Annual administration report of the Civil Veterinary Department of India - 1900-1901
Year: 1900
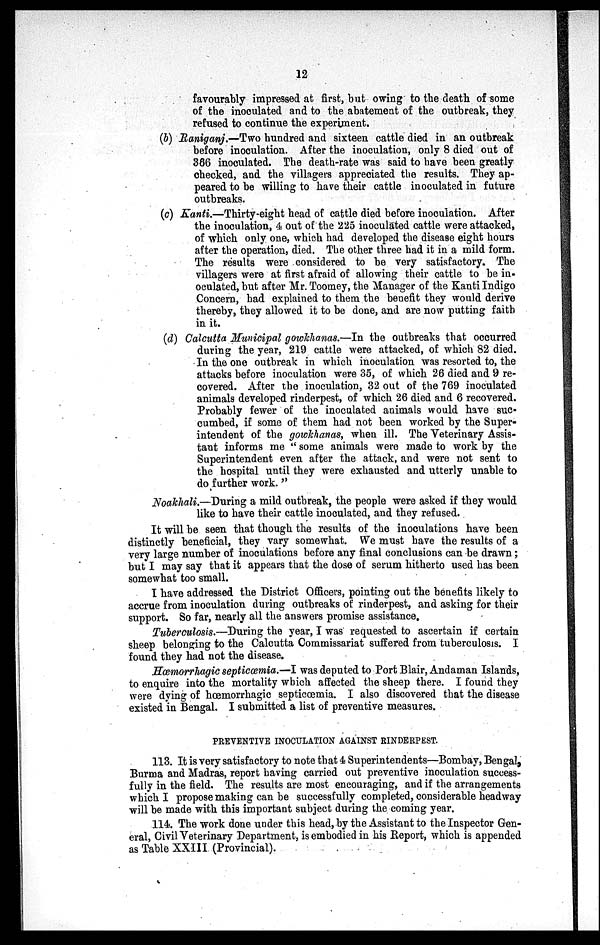
12
favourably impressed at first, but owing to the death of some
of the inoculated and to the abatement of the outbreak, they
refused to continue the experiment.
(b) Raniganj.—Two hundred and sixteen cattle died in an outbreak
before inoculation. After the inoculation, only 8 died out of
366 inoculated. The death-rate was said to have been greatly
checked, and the villagers appreciated the results. They ap-
peared to be willing to have their cattle inoculated in future
outbreaks.
(c) Kanti.—Thirty-eight head of cattle died before inoculation. After
the inoculation, 4 out of the 225 inoculated cattle were attacked,
of which only one, which had developed the disease eight hours
after the operation, died. The other three had it in a mild form.
The results were considered to be very satisfactory. The
villagers were at first afraid of allowing their cattle to be in-
oculated, but after Mr. Toomey, the Manager of the Kanti Indigo
Concern, had explained to them the benefit they would derive
thereby, they allowed it to be done, and are now putting faith
in it.
(d) Calcutta Municipal gowlchanas.—In the outbreaks that occurred
during the year, 219 cattle were attacked, of which 82 died.
In the one outbreak in which inoculation was resorted to, the
attacks before inoculation were 35, of which 26 died and 9 re-
covered. After the inoculation, 32 out of the 769 inoculated
animals developed rinderpest, of which 26 died and 6 recovered.
Probably fewer of the inoculated animals would have suc-
cumbed, if some of them had not been worked by the Super-
intendent of the gowkhanas, when ill. The Veterinary Assis-
tant informs me "some animals were made to work by the
Superintendent even after the attack, and were not sent to
the hospital until they were exhausted and utterly unable to
do further work."
Noakhali.—During a mild outbreak, the people were asked if they would
like to have their cattle inoculated, and they refused.
It will be seen that though the results of the inoculations have been
distinctly beneficial, they vary somewhat. We must have the results of a
very large number of inoculations before any final conclusions can be drawn;
but I may say that it appears that the dose of serum hitherto used has been
somewhat too small.
I have addressed the District Officers, pointing out the benefits likely to
accrue from inoculation during outbreaks of rinderpest, and asking for their
support. So far, nearly all the answers promise assistance.
Tuberculosis.—During the year, I was requested to ascertain if certain
sheep belonging to the Calcutta Commissariat suffered from tuberculosis. I
found they had not the disease.
Hœmorrhagic septicœmia.—I was deputed to Port Blair, Andaman Islands,
to enquire into the mortality which affected the sheep there. I found they
were dying of hœmorrhagic septicœmia. I also discovered that the disease
existed in Bengal. I submitted a list of preventive measures.
PREVENTIVE INOCULATION AGAINST RINDERPEST.
113. It is very satisfactory to note that 4 Superintendents—Bombay, Bengal,
Burma and Madras, report having carried out preventive inoculation success-
fully in the field. The results are most encouraging, and if the arrangements
which I propose making can be successfully completed, considerable headway
will be made with this important subject during the coming year.
114. The work done under this head, by the Assistant to the Inspector Gen-
eral, Civil Veterinary Department, is embodied in his Report, which is appended
as Table XXIII (Provincial).